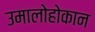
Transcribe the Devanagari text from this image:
उमालोहोकान